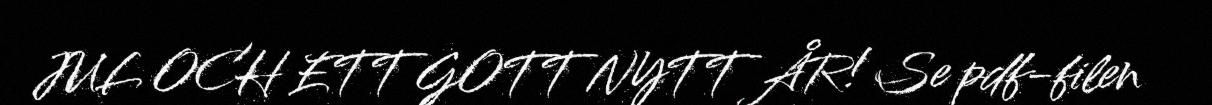
JUL OCH ETT GOTT NYTT ÅR! Se pdf-filen